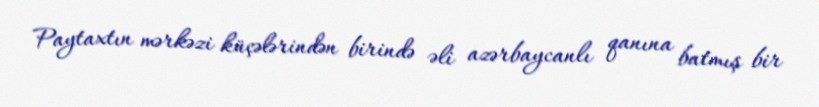
Paytaxtın mərkəzi küçələrindən birində əli azərbaycanlı qanına batmış bir